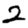
Digit: 2